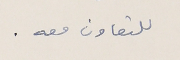
للتعاون معه.